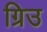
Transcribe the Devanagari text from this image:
ग्रिउ